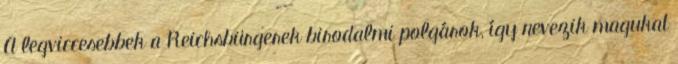
A legviccesebbek a Reichsbürgerek birodalmi polgárok, így nevezik magukat